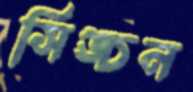
সিঙ্চন